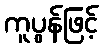
ကူပွန်ဖြင့်